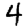
Digit: 4